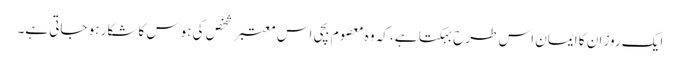
ایک روز ان کا ایمان اس طرح بہکتا ہے، کہ وہ معصوم بچی اس معتبر شخص کی ہوس کا شکار ہو جاتی ہے۔